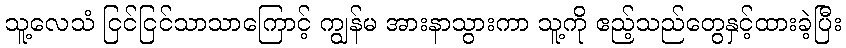
သူ့လေသံ ငြင်ငြင်သာသာကြောင့် ကျွန်မ အားနာသွားကာ သူ့ကို ဧည့်သည်တွေနှင့်ထားခဲ့ပြီး